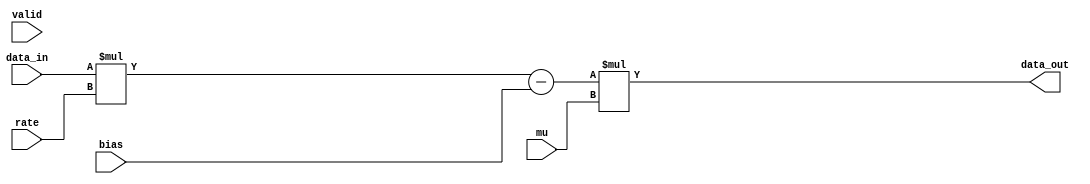
//
//      verilog template for combinational logic  in Axiline
//

module comb_reco#(
    parameter bitwidth  =32,
	parameter inputBitwidth =16
)(
    input [bitwidth-1:0]data_in,
    input [inputBitwidth-1:0]bias,
	input [inputBitwidth-1:0]rate,
	input [inputBitwidth-1:0]mu,
    input valid,
    output [bitwidth-1:0]data_out
);

    wire [bitwidth-1:0] data;
    /*combination logic*/

    assign data=(data_in*rate-bias)*mu;


    //assign data_out=data&valid;
	assign data_out=data;
endmodule